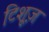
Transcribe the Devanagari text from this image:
टिशूज़